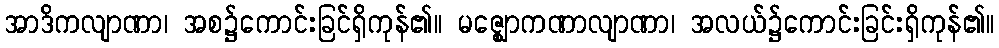
အာဒိကလျာဏာ၊ အစ၌ကောင်းခြင်ရှိကုန်၏။ မဇ္ဈောကဏာလျာဏာ၊ အလယ်၌ကောင်းခြင်းရှိကုန်၏။